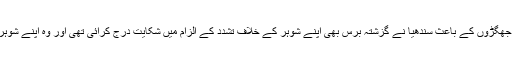
گھر میں ہونے والے لڑائی جھگڑوں کے باعث سندھیا نے گزشتہ برس بھی اپنے شوہر کے خلاف تشدد کے الزام میں شکایت درج کرائی تھی اور وہ اپنے شوہر سے طلاق لینا چاہتی تھی۔